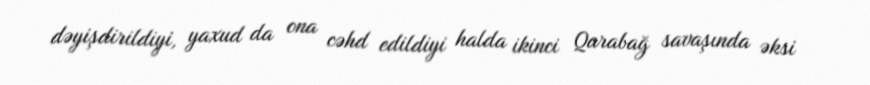
dəyişdirildiyi, yaxud da ona cəhd edildiyi halda ikinci Qarabağ savaşında əksi